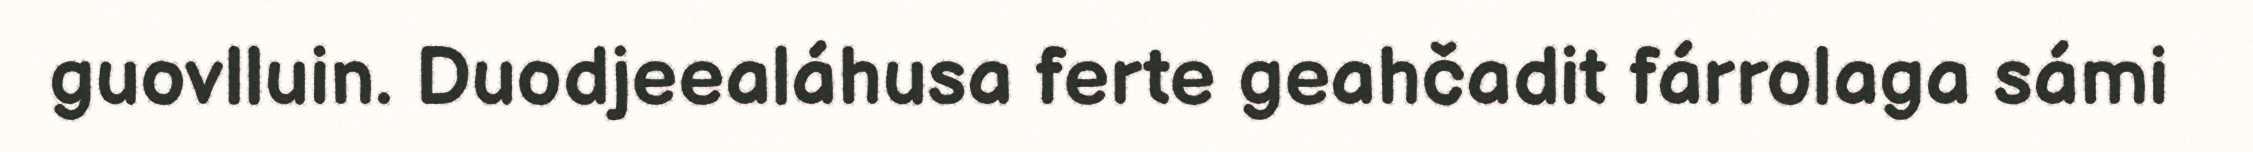
guovlluin. Duodjeealáhusa ferte geahčadit fárrolaga sámi